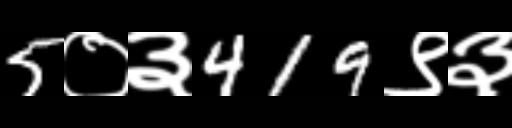
Text: 5०३419९३